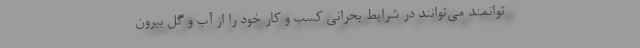
توانمند می‌توانند در شرایط بحرانی کسب و کار خود را از آب و گل بیرون